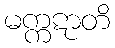
မက္ကဋာတိ